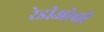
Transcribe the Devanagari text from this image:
रेडीओची